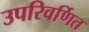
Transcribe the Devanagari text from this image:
उपरिवर्णित